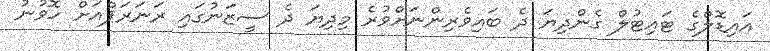
އައިޑޮލްގެ ޓައިޓުލް ގެންދިޔަ ދެ ބައިވެރިންނަށްވުރެ މިދިޔަ ދެ ސީޒަނުގައި ރަނަރަޕްއަށް ހޮވުނު